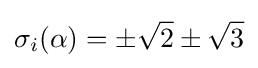
\sigma _{i}(\alpha )=\pm {\sqrt {2}}\pm {\sqrt {3}}